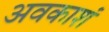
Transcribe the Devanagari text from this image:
अवकाशं